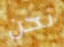
نحن